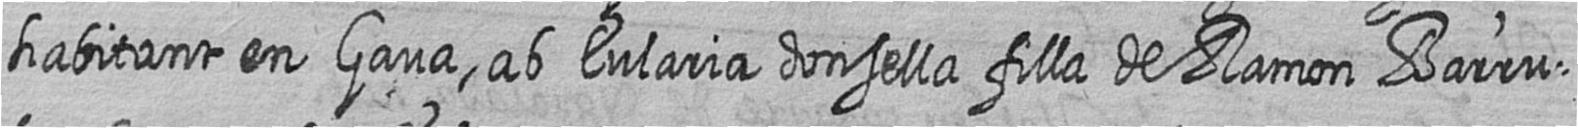
habitant en Gava ab Eularia donsella filla de Ramon Barru=